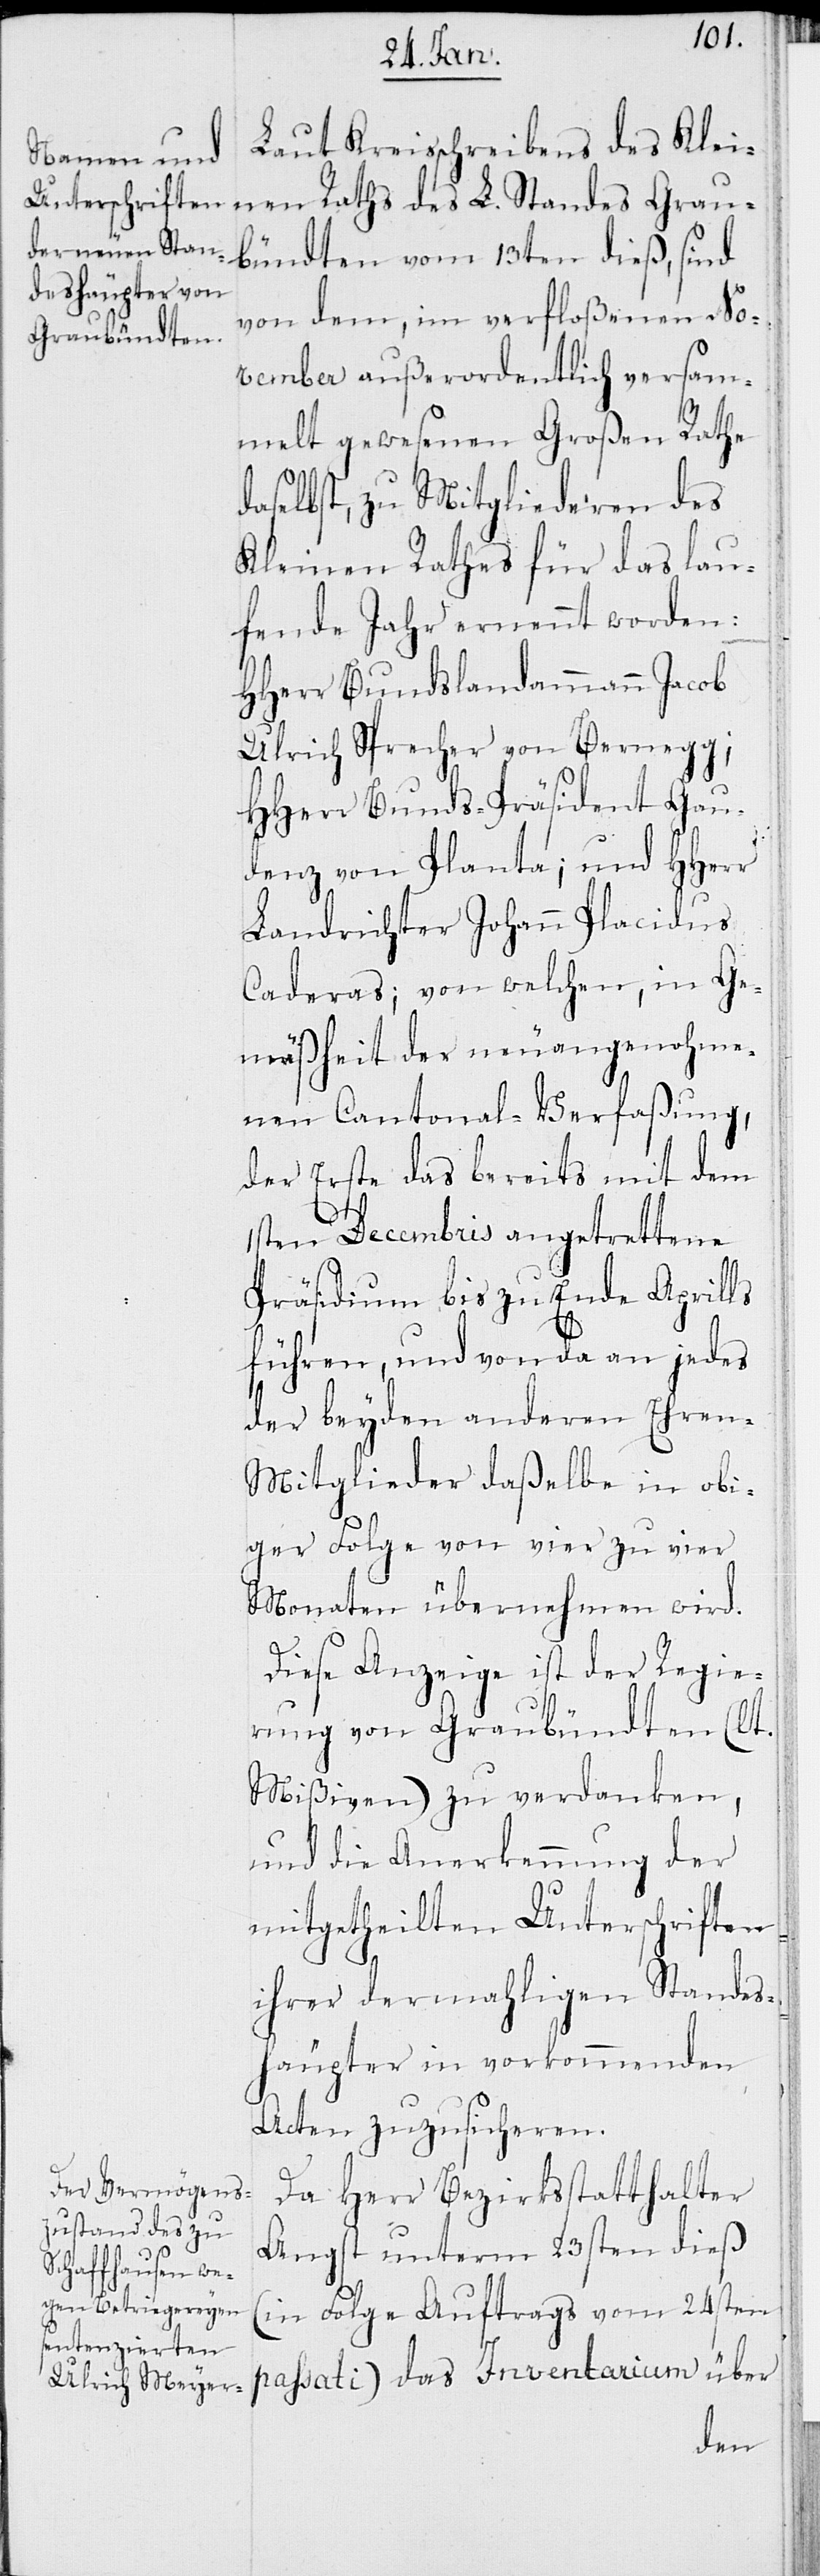
Laut Kreisschreibens des Klei¬
nen Raths des L. Standes Grau¬
bündten vom 13ten dieß, sind
von dem, im verfloßenen No¬
vember außerordentlich versam¬
melt gewesenen Großen Rathe
daselbst, zu Mitgliederen des
Kleinen Rathes für das lau¬
fende Jahr ernennt worden:
HHerr Bundeslandammann Jacob
Ulrich Sprecher von Bernegg;
HHerr Bunds-Präsident Gau¬
denz von Planta; und HHerr
Landrichter Johann Placidus
Caderas; von welchen, in Ge¬
mäßheit der neuangenohme¬
nen Cantonal-Verfaßung,
der Erste das bereits mit dem
1sten Decembris angetrettene
Präsidium bis zu Ende Aprills
führen, und von da an jedes
der beyden anderen Ehren-M¬
itglieder daßelbe in obi¬
ger Folge von vier zu vier
Monaten übernehmen wird.
Diese Anzeige ist der Regie¬
rung von Graubündten (lt.
Mißiven) zu verdanken,
und die Anerkennung der
mitgetheilten Unterschriften
ihrer dermahligen Standes¬
häupter in vorkommenden
Acten zuzusicheren.
Da Herr Bezirksstatthalter
Angst unterm 23sten dieß
(in Folge Auftrags vom 24sten
passati) das Inventarium über